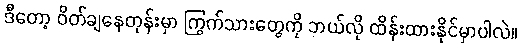
ဒီတော့ ဝိတ်ချနေတုန်းမှာ ကြွက်သားတွေကို ဘယ်လို ထိန်းထားနိုင်မှာပါလဲ။